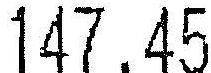
147.45